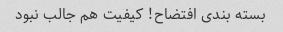
بسته بندی افتضاح! کیفیت هم جالب نبود